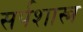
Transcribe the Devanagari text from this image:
सर्पशास्त्र